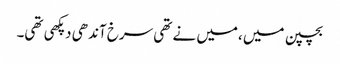
بچپن میں ،میں نے تھی سرخ آندھی دپکھی تھی۔